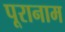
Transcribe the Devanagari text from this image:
पूरानाम